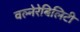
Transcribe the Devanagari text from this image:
वल्नेरेबिलिटी